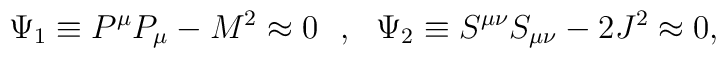
\Psi _1\equiv P^\mu P_\mu -M^2\approx 0 ~~,~~\Psi _2\equiv S^{\mu\nu} S_{\mu\nu}-2J^2\approx 0,